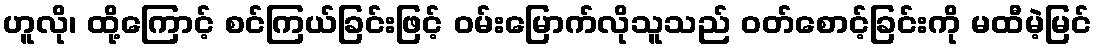
ဟူလို၊ ထို့ကြောင့် စင်ကြယ်ခြင်းဖြင့် ဝမ်းမြောက်လိုသူသည် ဝတ်စောင့်ခြင်းကို မထီမဲ့မြင်